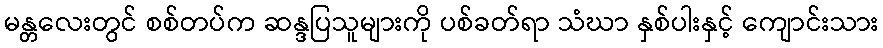
မန္တလေးတွင် စစ်တပ်က ဆန္ဒပြသူများကို ပစ်ခတ်ရာ သံဃာ နှစ်ပါးနှင့် ကျောင်းသား